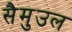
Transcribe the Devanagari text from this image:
सैमुउल